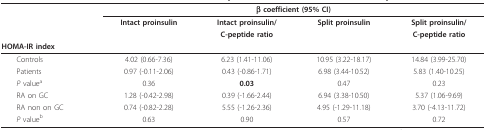
<table><thead><tr><td></td><td colspan="4"><b>β coefficient (95% CI)</b></td></tr><tr><td></td><td><b>Intact proinsulin</b></td><td><b>Intact proinsulin/</b></td><td><b>Split proinsulin</b></td><td><b>Split proinsulin/</b></td></tr><tr><td></td><td></td><td><b>C-peptide ratio</b></td><td></td><td><b>C-peptide ratio</b></td></tr><tr><td><b>HOMA-IR index</b></td><td></td><td></td><td></td><td></td></tr></thead><tbody><tr><td> Controls</td><td>4.02 (0.66-7.36)</td><td>6.23 (1.41-11.06)</td><td>10.95 (3.22-18.17)</td><td>14.84 (3.99-25.70)</td></tr><tr><td> Patients</td><td>0.97 (-0.11-2.06)</td><td>0.43 (-0.86-1.71)</td><td>6.98 (3.44-10.52)</td><td>5.83 (1.40-10.25)</td></tr><tr><td> <i>P </i>value<sup>a</sup></td><td>0.36</td><td><b>0.03</b></td><td>0.47</td><td>0.23</td></tr><tr><td> RA on GC</td><td>1.28 (-0.42-2.98)</td><td>0.39 (-1.66-2.44)</td><td>6.94 (3.38-10.50)</td><td>5.37 (1.06-9.69)</td></tr><tr><td> RA non on GC</td><td>0.74 (-0.82-2.28)</td><td>5.55 (-1.26-2.36)</td><td>4.95 (-1.29-11.18)</td><td>3.70 (-4.13-11.72)</td></tr><tr><td> <i>P </i>value<sup>b</sup></td><td>0.63</td><td>0.90</td><td>0.57</td><td>0.72</td></tr></tbody></table>